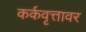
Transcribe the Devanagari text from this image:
कर्कवृत्तावर